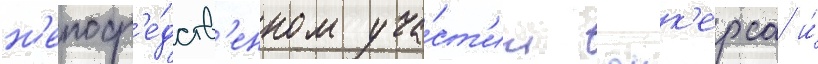
н'епоср'е́дств'енном уча́ст'ии юнк'ерса и́